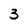
Character: 3